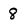
Character: 8